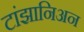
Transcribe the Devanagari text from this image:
टांझानिअन